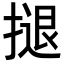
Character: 𢱸